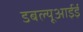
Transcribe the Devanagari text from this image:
डबल्यूआईई